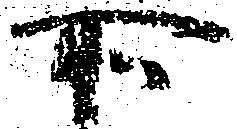
所